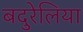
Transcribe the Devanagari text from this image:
बदुरेलिया